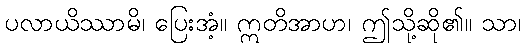
ပလာယိဿာမိ၊ ပြေးအံ့။ ဣတိအာဟ၊ ဤသို့ဆို၏။ သာ၊